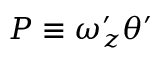
P \equiv \omega _ { z } ^ { \prime } \theta ^ { \prime }